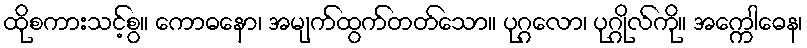
ထိုစကားသင့်စွ။ ကောဓနော၊ အမျက်ထွက်တတ်သော။ ပုဂ္ဂလော၊ ပုဂ္ဂိုလ်ကို။ အက္ကေါဓေန၊